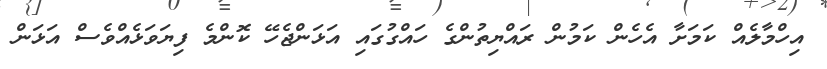
އިހްމާލެއް ކަމަށާ އެހެން ކަމުން ރައްޔިތުންގެ ހައްގުގައި އަޅަންޖެހޭ ކޮންމެ ފިޔަވަޅެއްވެސް އަޅަން